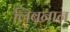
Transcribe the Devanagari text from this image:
लिबनान